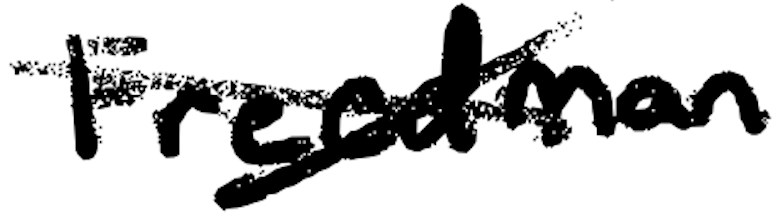
Text: Freedman
Cross-out: cross
Writing tool: digital_black